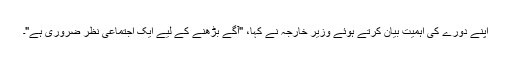
اپنے دورے کی اہمیت بیان کرتے ہوئے وزیر خارجہ نے کہا، "آگے بڑھنے کے لیے ایک اجتماعی نظر ضروری ہے"۔